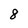
Character: 8